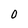
Character: 0